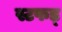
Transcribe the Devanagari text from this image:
स्टफड्